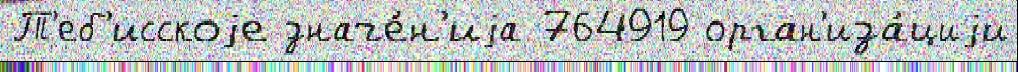
Т'еб'исскоjе значе́н'иjа 764919 орган'иза́циjи